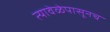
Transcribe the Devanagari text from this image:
त्यावेळेपासूनच